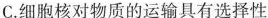
C.细胞核对物质的运输具有选择性